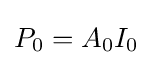
P_{0}=A_{0}I_{0}